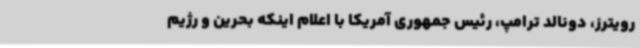
رویترز، دونالد ترامپ، رئیس جمهوری آمریکا با اعلام اینکه بحرین و رژیم